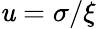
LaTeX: \mathit{u}=\sigma/\xi